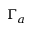
\Gamma _ { a }